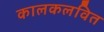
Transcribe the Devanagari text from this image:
कालकलवित